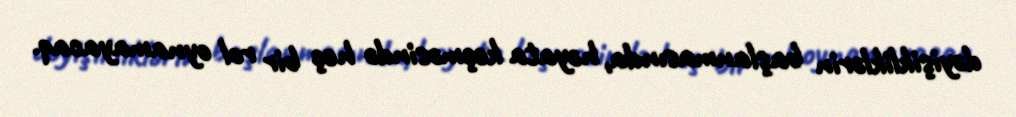
dəyişikliklərin başlanmasında, həyata keçməsində heç bir rol oynamayacaq.